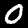
Digit: 0